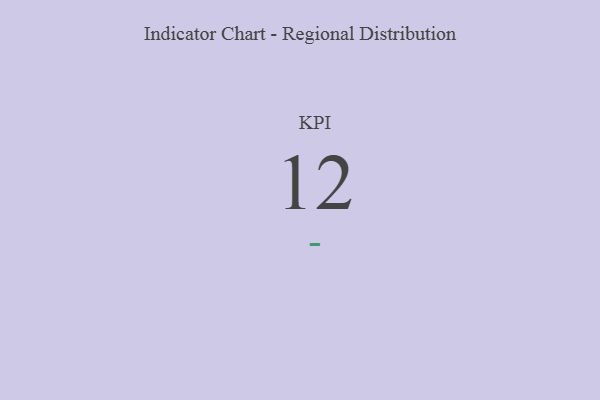
{"axis": {"x": "KPI", "y": "Value"}, "legend": [""], "data": [{"x": "KPI", "y": 12, "type": ""}]}